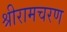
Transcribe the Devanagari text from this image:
श्रीरामचरण